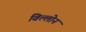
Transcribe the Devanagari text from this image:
विल्लोन